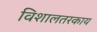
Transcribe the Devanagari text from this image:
विशालतरकाय